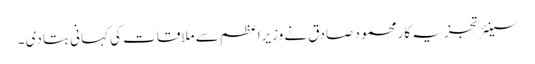
سینئر تجزیہ کار محمود صادق نے وزیراعظم سے ملاقات کی کہانی بتا دی ۔